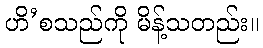
ဟိ’စသည်ကို မိန့်သတည်း။